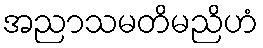
အညာသမတိမညိဟံ